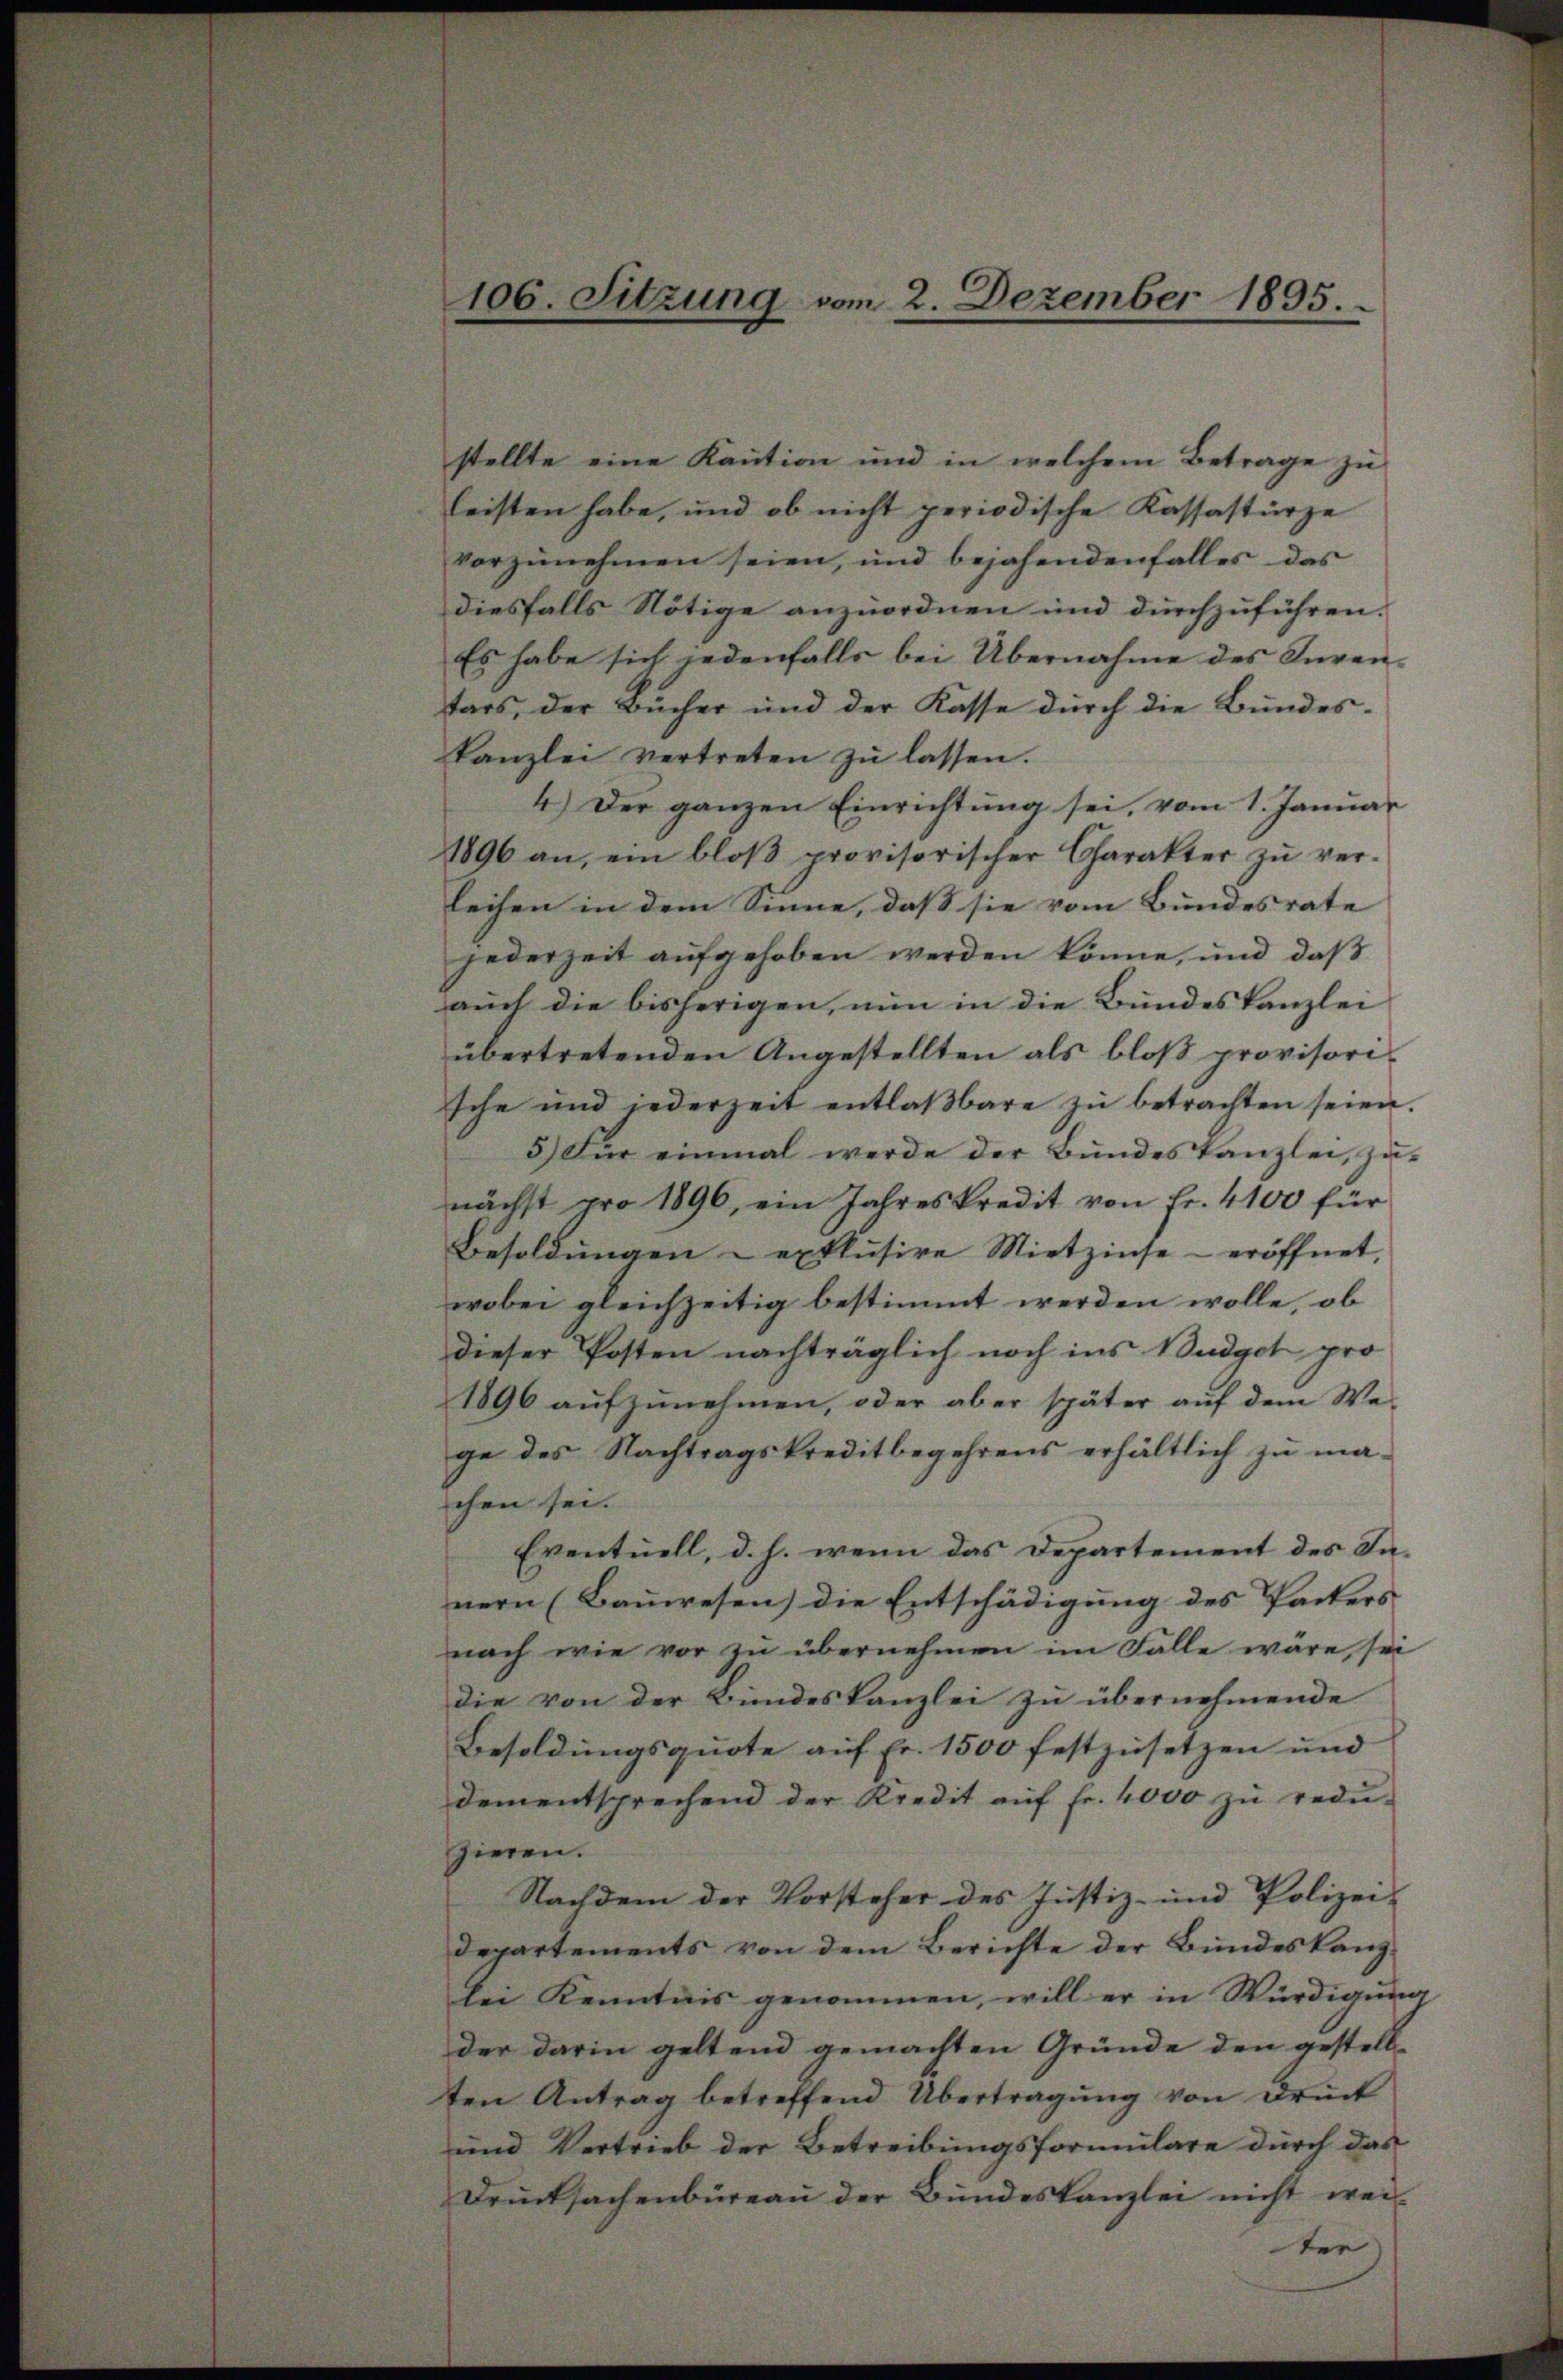
106. Sitzung vom 2. Dezember 1895.

stellte eine Kaution und in welchem Betrage zu
leisten habe, und ob nicht periodische Kassastürze
vorzunehmen seien, und bejahendenfalles das
diesfalls Nötige anzuordnen und durchzuführen.
Es habe sich jedenfalls bei Übernahme des Inven-
tars, der Bücher und der Kasse durch die Bundeskanzlei vertreten zŭ lassen.
4.) Der ganzen Einrichtung sei, vom 1. Januar
1896 an, ein bloβ provisorischer Charakter zŭ ver-
leihen in dem Sinne, dass sie vom Bundesrate
jederzeit aufgehoben werden könne, und daß
auch die bisherigen, nun in die Bundeskanzlei
übertretenden Angestellten als bloß provisorische und jederzeit entlaβbare zŭ betrachten seien.
5.) Für einmal werde der Bundeskanzlei, zu
nächst pro 1896, ein Jahreskredit von Fr. 4100 für
Besoldŭngen u exklŭsive Mietzinse - eröffnet,
wobei gleichzeitig bestimmt werden wolle, ob
dieser Posten nachträglich noch ins Budget pro
1896 aŭfzŭnehmen, oder aber später aŭf dem We-
ge des Nachtragskreditbegehrens erhältlich zu ma-
chen sei.
Eventuell, d. h. wenn das Departement des Innern (Bauwesen) die Entschädigung des Packers
nach wie vor zu übernehmen im Falle wäre, sei
die von der Bundeskanzlei zu übernehmende
Besoldungsquote auf fr. 1500 festzusetzen und
dementsprechend der Kredit aŭf fr. 4000 zŭ redŭ-
zieren.
Nachdem der Vorsteher des Justiz- und Polizei-
departements von dem Berichte der Bundeskanzlei Kenntnis genommen, will er in Würdigung
der darin geltend gemachten Gründe den gestellten Antrag betreffend Übertragung von Druck
und Vertrieb der Betreibungsformulare durch das
Drucksachenbüreau der Bundeskanzlei nicht wei-
ter